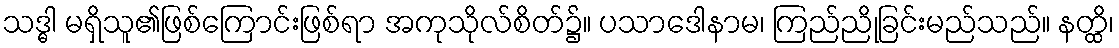
သဒ္ဓါ မရှိသူ၏ဖြစ်ကြောင်းဖြစ်ရာ အကုသိုလ်စိတ်၌။ ပသာဒေါနာမ၊ ကြည်ညိုခြင်းမည်သည်။ နတ္ထိ၊